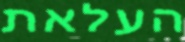
העלאת